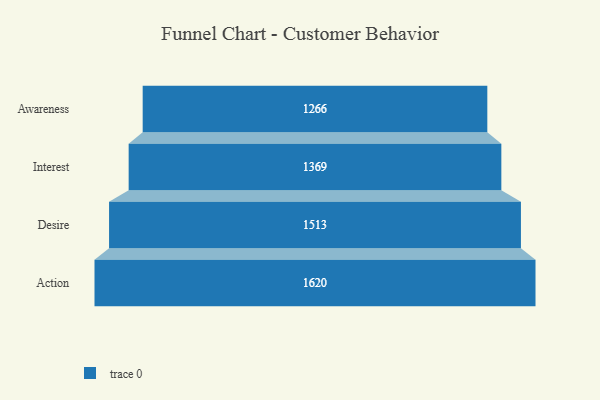
{"axis": {"x": "Stage", "y": "Value"}, "legend": [""], "data": [{"x": "Awareness", "y": 1266.0, "type": ""}, {"x": "Interest", "y": 1369.0, "type": ""}, {"x": "Desire", "y": 1513.0, "type": ""}, {"x": "Action", "y": 1620.0, "type": ""}]}